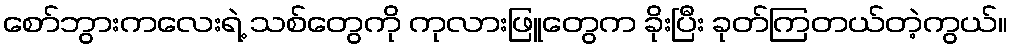
စော်ဘွားကလေးရဲ့ သစ်တွေကို ကုလားဖြူတွေက ခိုးပြီး ခုတ်ကြတယ်တဲ့ကွယ်။